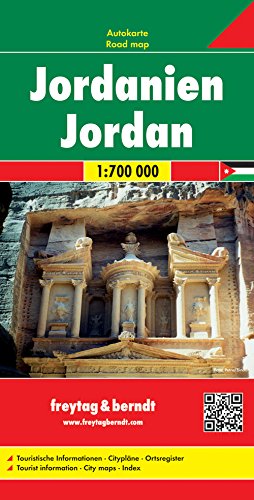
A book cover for Jordan; Freytag-Berndt und Artaria; Travel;